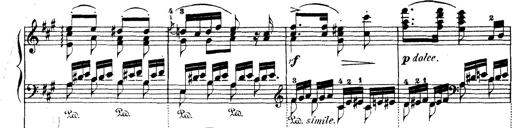
Title: Wagner-Liszt Album
Composer: Franz Liszt